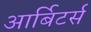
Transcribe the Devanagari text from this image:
आर्बिटर्स